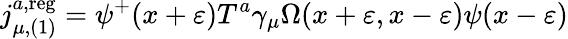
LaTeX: j_{\mu,(1)}^{a,\mathrm{reg}}=\psi^{+}(x+\varepsilon)T^{a}\gamma_{\mu}\Omega(x+\varepsilon,x-\varepsilon)\psi(x-\varepsilon)